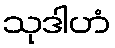
သုဒါဟံ